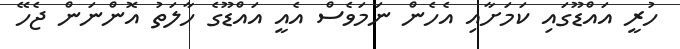
ހުރީ އައްޑޫގައި ކަމަށާއި އެހެން ނަމަވެސް އެއީ އައްޑޫގެ ހާލަތު އޮންނަން ޖެހޭ